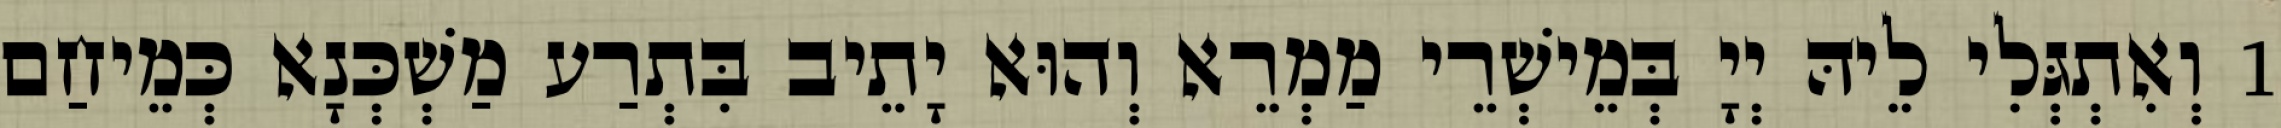
1 וְאִתְגְּלִי לֵיהּ יְיָ בְּמֵישְׁרֵי מַמְרֵא וְהוּא יָתֵיב בִּתְרַע מַשְׁכְּנָא כְּמֵיחַם